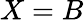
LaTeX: X=B